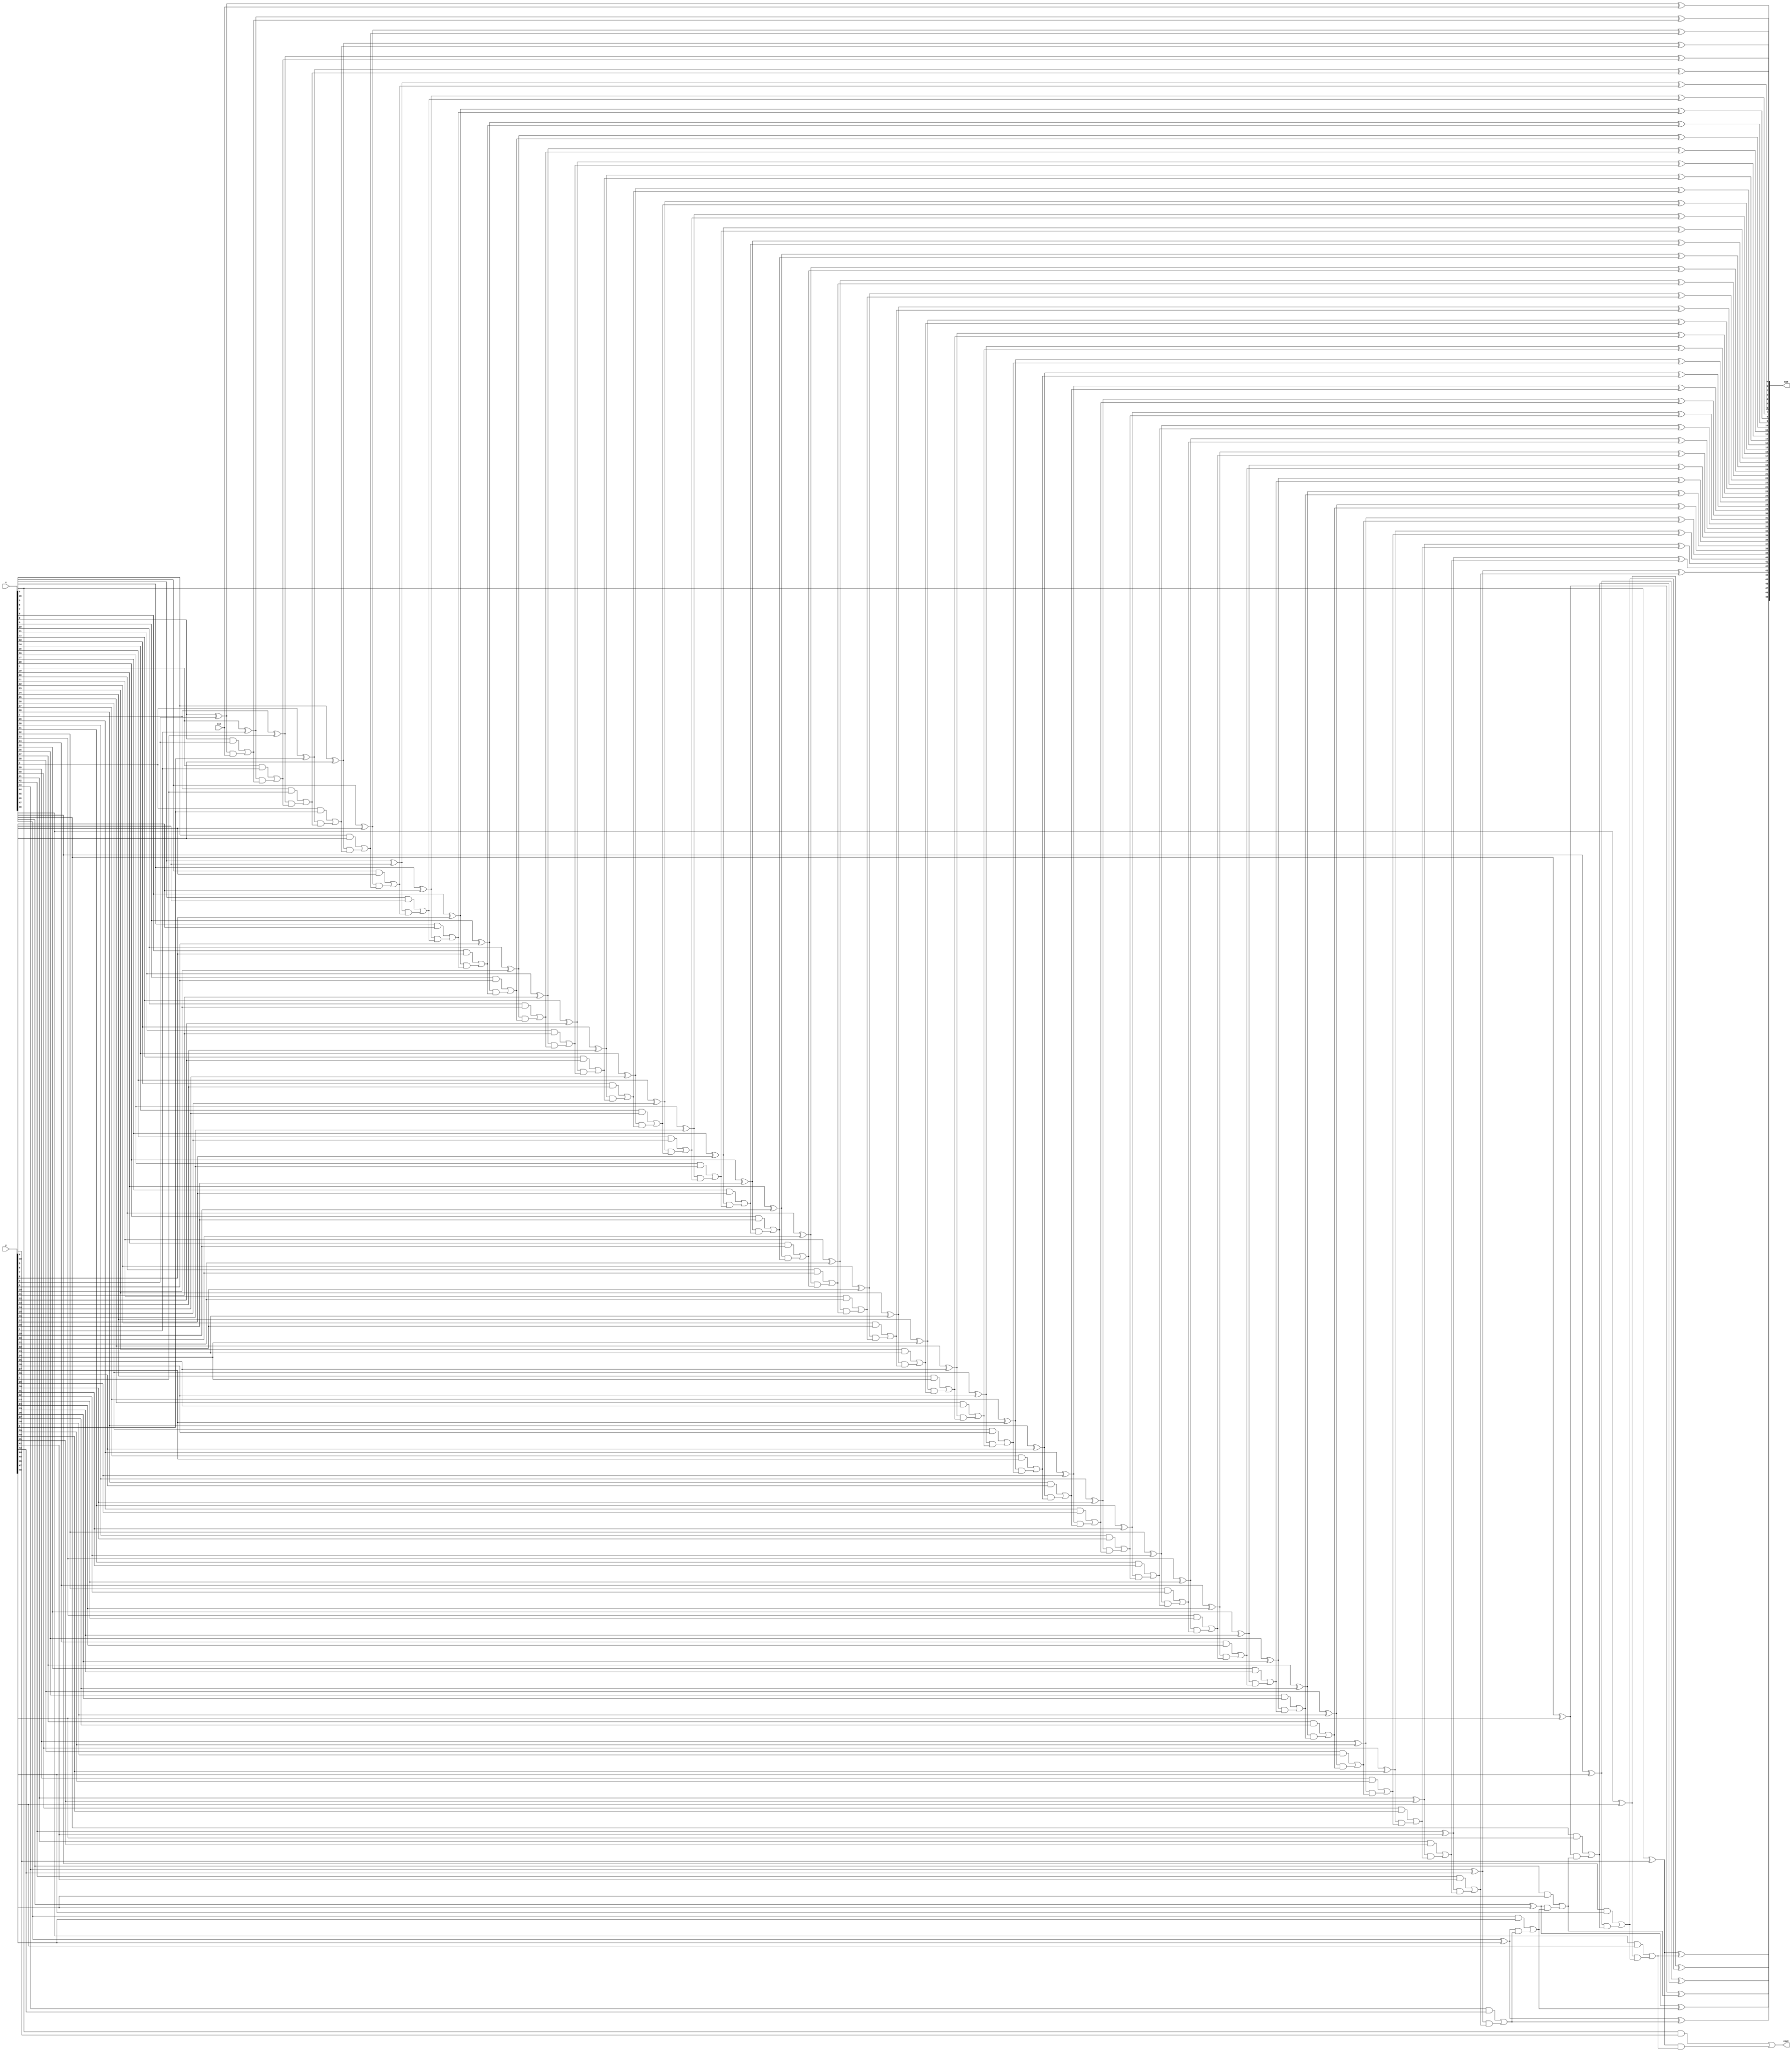
`timescale 1ns / 1ps
//////////////////////////////////////////////////////////////////////////////////
// Company: 
// Engineer: 
// 
// Design Name: 
// Module Name: CLA_generate
// Project Name: 
// Target Devices: 
// Tool Versions: 
// Description: 
// 
// Dependencies: 
// 
// Revision:
// Revision 0.01 - File Created
// Additional Comments:
// 
//////////////////////////////////////////////////////////////////////////////////


module CLA_generate(x,y,cin,sum,cout);		//generate CLA
	parameter N=50;
	input [N-1:0] x,y;
	input cin;
	output [N-1:0] sum;
	output cout;
	wire [N-1:0]p,g;
	wire [N:0] c;
	assign c[0] = cin;
	
	genvar i;
	generate for (i = 0; i <N; i = i + 1) begin: pq_cla
	assign p[i] = x[i] ^ y[i];
	assign g[i] = x[i] & y[i];
	end endgenerate // compute generate and propagation
	generate for (i = 1; i < N+1; i = i + 1) begin: carry_cla
	assign c[i] = g[i-1] | (p[i-1] & c[i-1]);
	end endgenerate // compute carry for each stage
	generate for (i = 0; i < N; i = i + 1) begin: sum_cla
	assign sum[i] = p[i] ^ c[i];
	end endgenerate // compute sum
	assign cout = c[N]; // assign final carry
endmodule // end of cla adder generate module